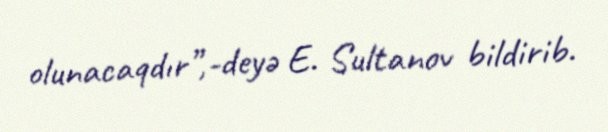
olunacaqdır”,-deyə E. Sultanov bildirib.